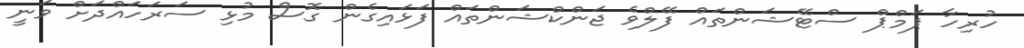
ހުރިހާ ޕަމްޕް ސްޓޭޝަންތައް ފޭލްވެ ޖަންކްޝަންތައް ފަޅައިގެން ގޮސް މުޅި ސަރަހައްދަށް ވަނީ